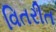
વિતરીત